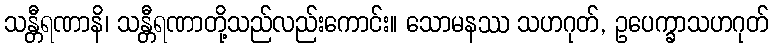
သန္တီရဏာနိ၊ သန္တီရဏာတို့သည်လည်းကောင်း။ သောမနဿ သဟဂုတ်, ဥပေက္ခာသဟဂုတ်